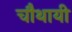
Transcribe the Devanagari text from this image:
चौथायी